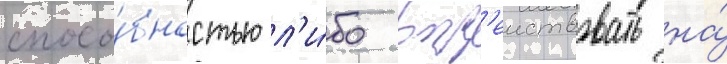
спосо́бностью л'и́бо возд'еиствовать на́